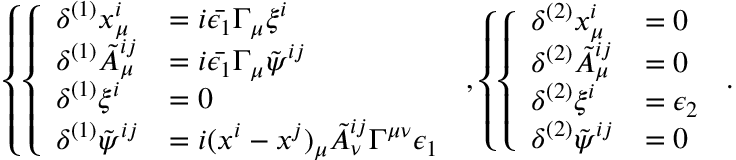
\left\{ \left\{ \begin{array} { l l } { { \delta ^ { ( 1 ) } x _ { \mu } ^ { i } } } & { { = i \bar { \epsilon _ { 1 } } \Gamma _ { \mu } \xi ^ { i } } } \\ { { \delta ^ { ( 1 ) } \tilde { A } _ { \mu } ^ { i j } } } & { { = i \bar { \epsilon _ { 1 } } \Gamma _ { \mu } \tilde { \psi } ^ { i j } } } \\ { { \delta ^ { ( 1 ) } \xi ^ { i } } } & { { = 0 } } \\ { { \delta ^ { ( 1 ) } \tilde { \psi } ^ { i j } } } & { { = i ( x ^ { i } - x ^ { j } ) _ { \mu } \tilde { A } _ { \nu } ^ { i j } \Gamma ^ { \mu \nu } \epsilon _ { 1 } } } \end{array} \right. \right. , \left\{ \left\{ \begin{array} { l l } { { \delta ^ { ( 2 ) } x _ { \mu } ^ { i } } } & { { = 0 } } \\ { { \delta ^ { ( 2 ) } \tilde { A } _ { \mu } ^ { i j } } } & { { = 0 } } \\ { { \delta ^ { ( 2 ) } \xi ^ { i } } } & { { = \epsilon _ { 2 } } } \\ { { \delta ^ { ( 2 ) } \tilde { \psi } ^ { i j } } } & { { = 0 } } \end{array} \right. \right. .